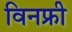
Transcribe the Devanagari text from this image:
विनफ्री